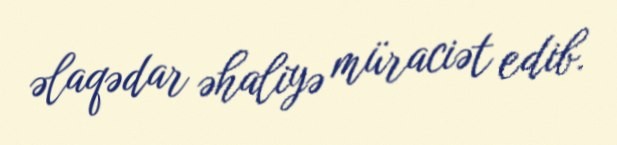
əlaqədar əhaliyə müraciət edib.